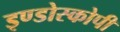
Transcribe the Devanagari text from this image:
इण्डोस्कोपी